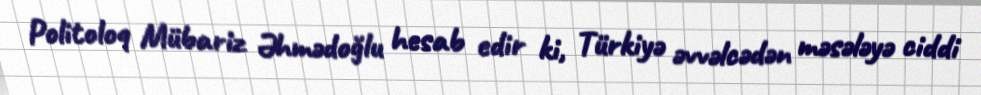
Politoloq Mübariz Əhmədoğlu hesab edir ki, Türkiyə əvvəlcədən məsələyə ciddi